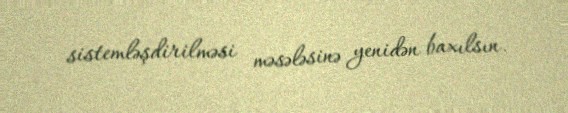
sistemləşdirilməsi məsələsinə yenidən baxılsın.